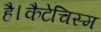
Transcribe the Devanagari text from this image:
है।कैटेचिस्म